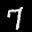
Label: 7